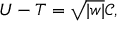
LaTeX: U - T = \sqrt { | w | } { \mathcal { C } } ,